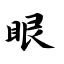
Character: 眼